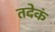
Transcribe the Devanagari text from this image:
तदेकं